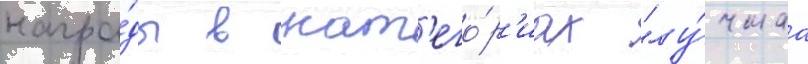
награ́ды в кат'его́р'иах "лу́чшаа